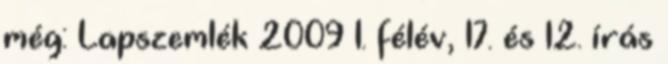
még: Lapszemlék 2009 I. félév, 17. és 12. írás